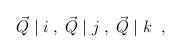
LaTeX: \begin{align*}\vec{Q} \; \vert \; i \; , \; \vec{Q} \; \vert \; j \; ,\; \vec{Q} \; \vert \; k \; \; ,\end{align*}